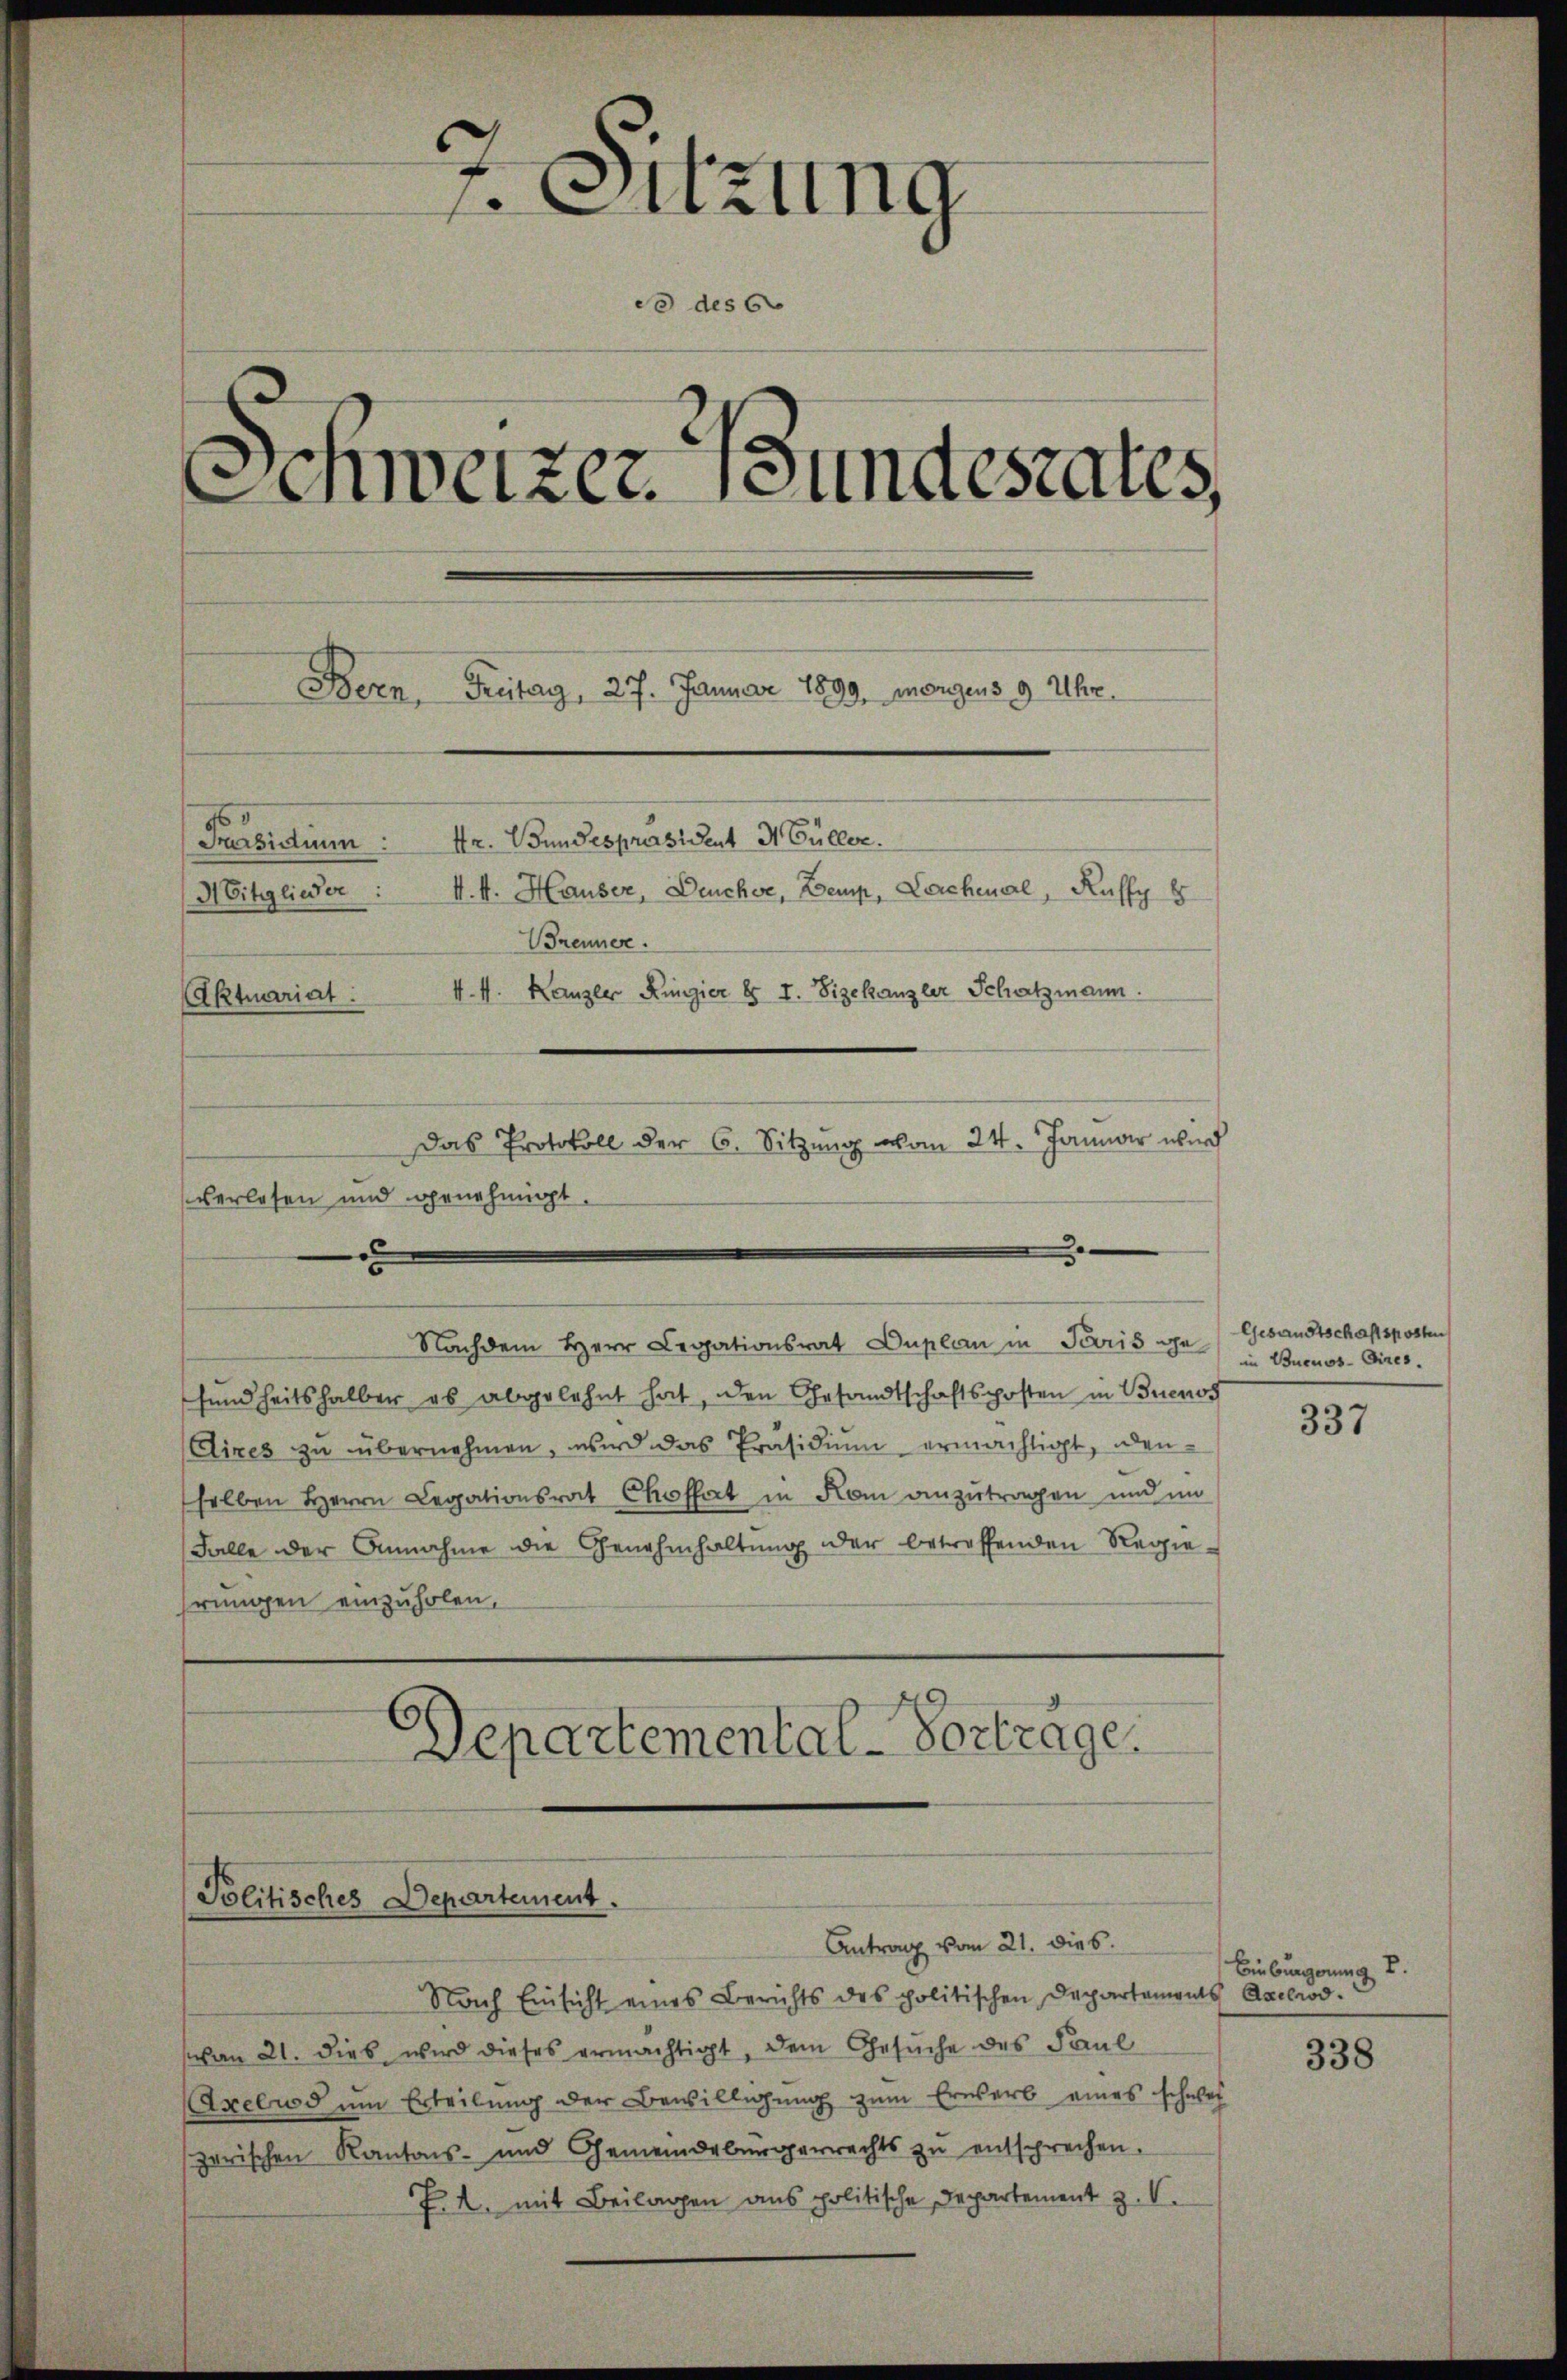
Sitzung
c des G
.
Schweizer. Bundesrates,
Bern, Freitag, 27. Januar 1899, morgens 9 Uhr
Präsidium: Hr. Bundespräsident N Güller.
Mitglieder k. k. Hauser, Deucher, Zemp, Lerchenal, Kuffy 8
Brennen.
V. 4. Kanzler Ringier § I. Zizekanzler Schatzmann.
Aktuariat:
Das Protokoll der 6. Sitzung vom 24. Januar wird

verlesen und genehmigt.
.
Nachdem Herr Legationsrat Duplan in Paris ge- u Buenos Aires.

Politisches Departement.

Antrag vom 21. dies

sundheitshalber es abgelehnt hat, den Gesandtschaftsposten in Buenos
Cixes zu übernehmen, wird das Präsidium ermächtigt, denselben Herrn Legationsrat Choffert in Kom anzutragen und im
Falle der Annahme die Genehmhaltung der betreffenden Regiehrungen einzuholen,
6
Departemental-Vortrage

Nach Einsicht eines Berichts des politischen Departaments Adelrod.
von 21. Dieb wird dieses ermächtigt, dem Gesŭche des Paul
Axelrod um Erteilung der Bewilligung zum Erwerb eines schwes
zerischen Kantons- und Gemeindebürgerrechts zŭ entsprechen.
P. M. mit Beilagen aus politische Departement z. B.

Gesandtschaftsposten

337

Einburgerung u.

338